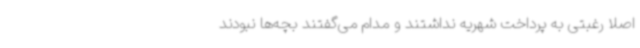
اصلاً رغبتی به پرداخت شهریه نداشتند و مدام می‌گفتند بچه‌ها نبودند